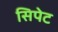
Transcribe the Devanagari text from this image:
सिपेट